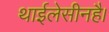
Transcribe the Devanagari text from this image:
थाईलेसीनहै।